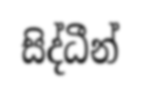
සිද්ධීන්